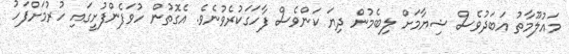
މައުލޫމާތު އަބަދުވެސް ޝިޔާމަށް ލިބެމުން ދިޔަ ކަންވެސް ފާހަގަކުރެވުނެވެ. އެގޮތުން ހުވަފެންފުށީގައި ހުރުމަށްފަހު